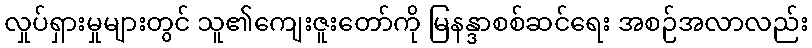
လှုပ်ရှားမှုများတွင် သူ၏ကျေးဇူးတော်ကို မြနန္ဒာစစ်ဆင်ရေး အစဉ်အလာလည်း